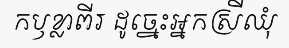
កឫខ្លាពីរ ដូច្នេះអ្នកស្រីឈុំ